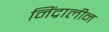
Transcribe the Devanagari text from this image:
निंद्रालीन